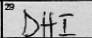
Transcription: DHI